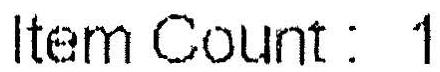
ITEM COUNT: 1